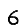
Digit: 6